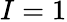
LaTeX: I=1